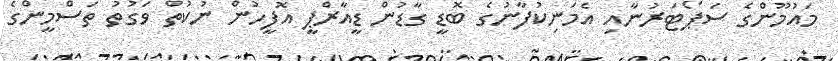
މައުމޫންގެ ސަޕޯޓަރުނާއި އެމަނިކުފާނުގެ ބޮޑީ ގާޑުން ޑީއާރްޕީ އޮފީހުން ނުކުތް ވަގުތު ތަސްމީންގެ